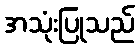
အသုံးပြုသည်